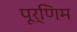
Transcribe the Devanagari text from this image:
पूर्णिम